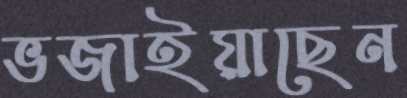
ভজাইয়াছেন